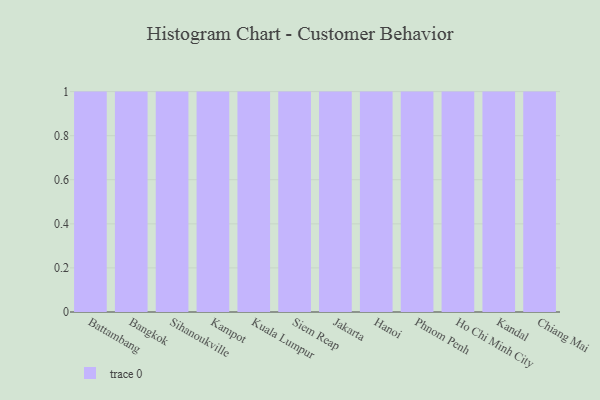
{"axis": {"x": "City", "y": "Demand Index"}, "legend": [""], "data": [{"x": "Battambang", "y": 91, "type": ""}, {"x": "Bangkok", "y": 68, "type": ""}, {"x": "Sihanoukville", "y": 79, "type": ""}, {"x": "Kampot", "y": 98, "type": ""}, {"x": "Kuala Lumpur", "y": 59, "type": ""}, {"x": "Siem Reap", "y": 40, "type": ""}, {"x": "Jakarta", "y": 83, "type": ""}, {"x": "Hanoi", "y": 13, "type": ""}, {"x": "Phnom Penh", "y": 68, "type": ""}, {"x": "Ho Chi Minh City", "y": 40, "type": ""}, {"x": "Kandal", "y": 96, "type": ""}, {"x": "Chiang Mai", "y": 1, "type": ""}]}